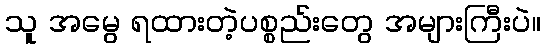
သူ အမွေ ရထားတဲ့ပစ္စည်းတွေ အများကြီးပဲ။